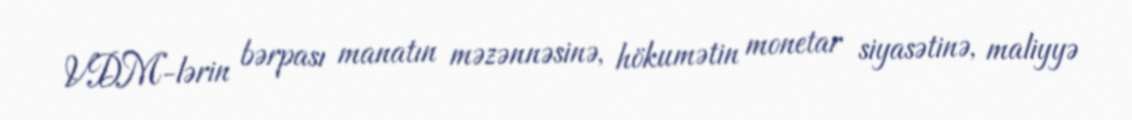
VDM-lərin bərpası manatın məzənnəsinə, hökumətin monetar siyasətinə, maliyyə